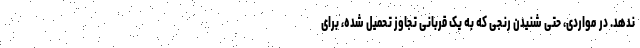
ندهد. در مواردی، حتی شنیدن رنجی که به یک قربانی تجاوز تحمیل شده، برای